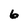
Character: 6